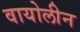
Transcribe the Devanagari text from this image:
वायोलीन